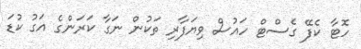
ހޮޓާ ކެފޭ ގެސްޓް ހައުސް ވިޔަފާރި ތަކުން ނަގާ ކަރަންގެ އަގު ކުޑަ